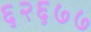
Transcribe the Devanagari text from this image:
६२६७७